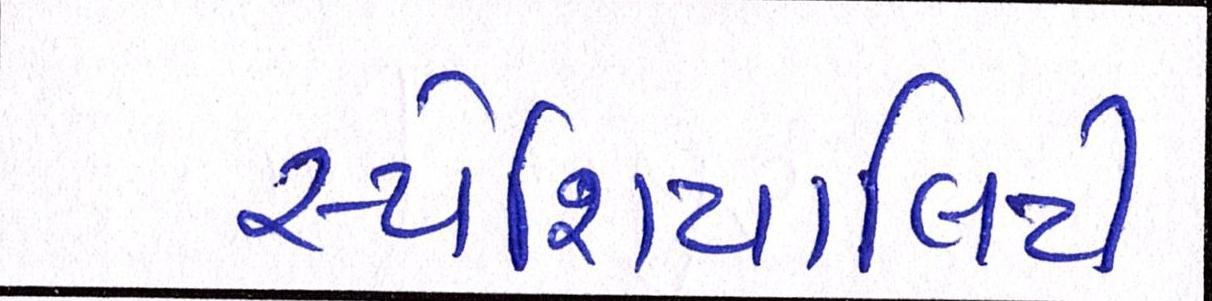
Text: સ્પેશિયાલિટી